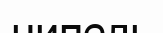
нипель